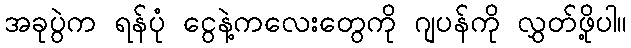
အခုပွဲက ရန်ပုံ ငွေနဲ့ကလေးတွေကို ဂျပန်ကို လွှတ်ဖို့ပါ။